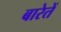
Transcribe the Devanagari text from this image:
बारेतें